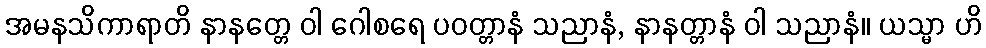
အမနသိကာရာတိ နာနတ္တေ ဝါ ဂေါစရေ ပဝတ္တာနံ သညာနံ, နာနတ္တာနံ ဝါ သညာနံ။ ယသ္မာ ဟိ